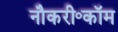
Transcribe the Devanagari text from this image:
नौकरी॰कॉम